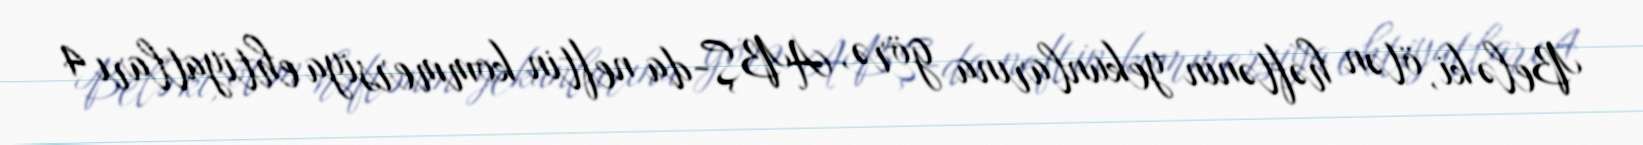
Belə ki, ötən həftənin yekunlarına görə, ABŞ-da neftin kommersiya ehtiyatları 4